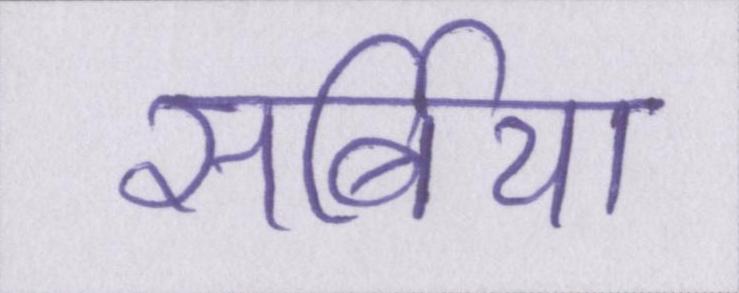
सर्बिया